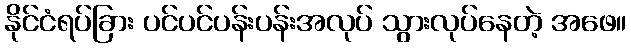
နိုင်ငံရပ်ခြား ပင်ပင်ပန်းပန်းအလုပ် သွားလုပ်နေတဲ့ အဖေ။